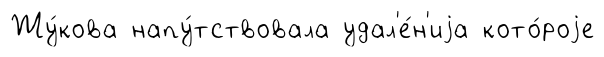
Жу́кова напу́тствовала удал'е́н'иjа кото́роjе